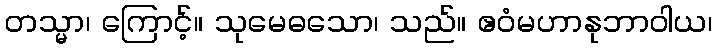
တသ္မာ၊ ကြောင့်။ သုမေဓသော၊ သည်။ ဧဝံမဟာနုဘာဝါယ၊